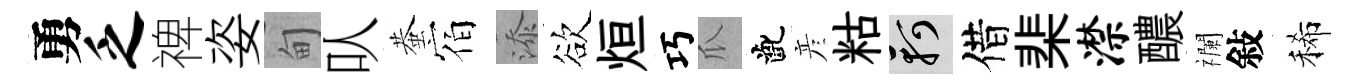
勇乏禆姿甸㕥蛬宿添欲烜巧瓜齔彦䊀軻借棐潸醲襴敍稀